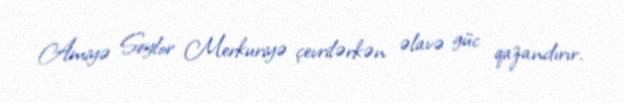
Amiyə Seylor Merkuriyə çevrilərkən əlavə güc qazandırır.